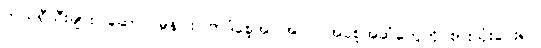
ဘယ်ရီသီးများ၊ ဆော်လမွန်ငါး ၊ဗာဒံစေ့အပါအဝင် အစေ့အဆံတွေကို စားသုံးပေးရင်